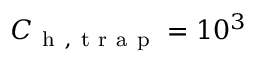
C _ { \mathrm { ~ h ~ , ~ t ~ r ~ a ~ p ~ } } = 1 0 ^ { 3 }